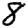
Digit: 8